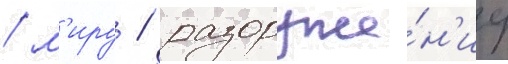
/ м'иру / разоруже́н'иу